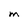
Character: M